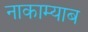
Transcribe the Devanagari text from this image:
नाकाम्याब